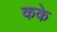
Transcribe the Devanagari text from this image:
कके